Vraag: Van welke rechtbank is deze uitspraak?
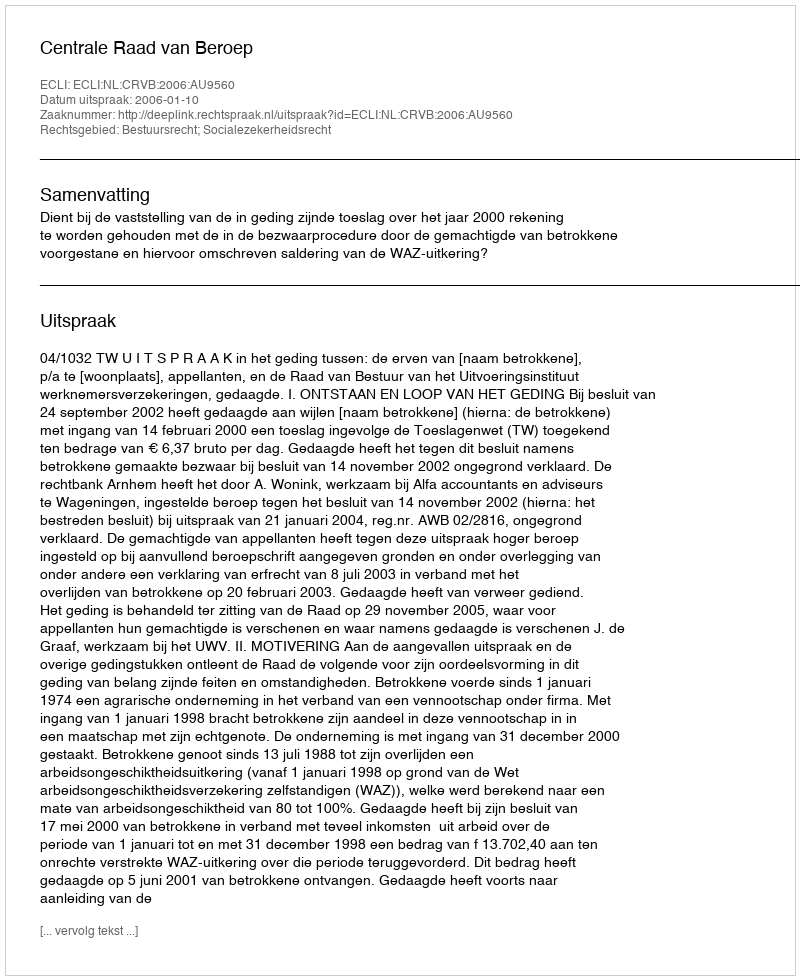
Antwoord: Centrale Raad van Beroep